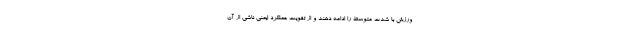
ورزش با شدت متوسط را ادامه دهند و از تقویت عملکرد ایمنی ناشی از آن